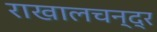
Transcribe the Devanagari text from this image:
राखालचन्द्र